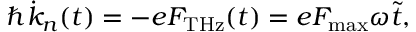
\begin{array} { r } { \hbar \dot { k } _ { n } ( t ) = - e F _ { \mathrm { T H z } } ( t ) = e F _ { \mathrm { m a x } } \omega \tilde { t } , } \end{array}